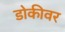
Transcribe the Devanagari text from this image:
डोकीवर